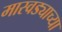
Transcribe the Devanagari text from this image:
मास्वड्याच्या